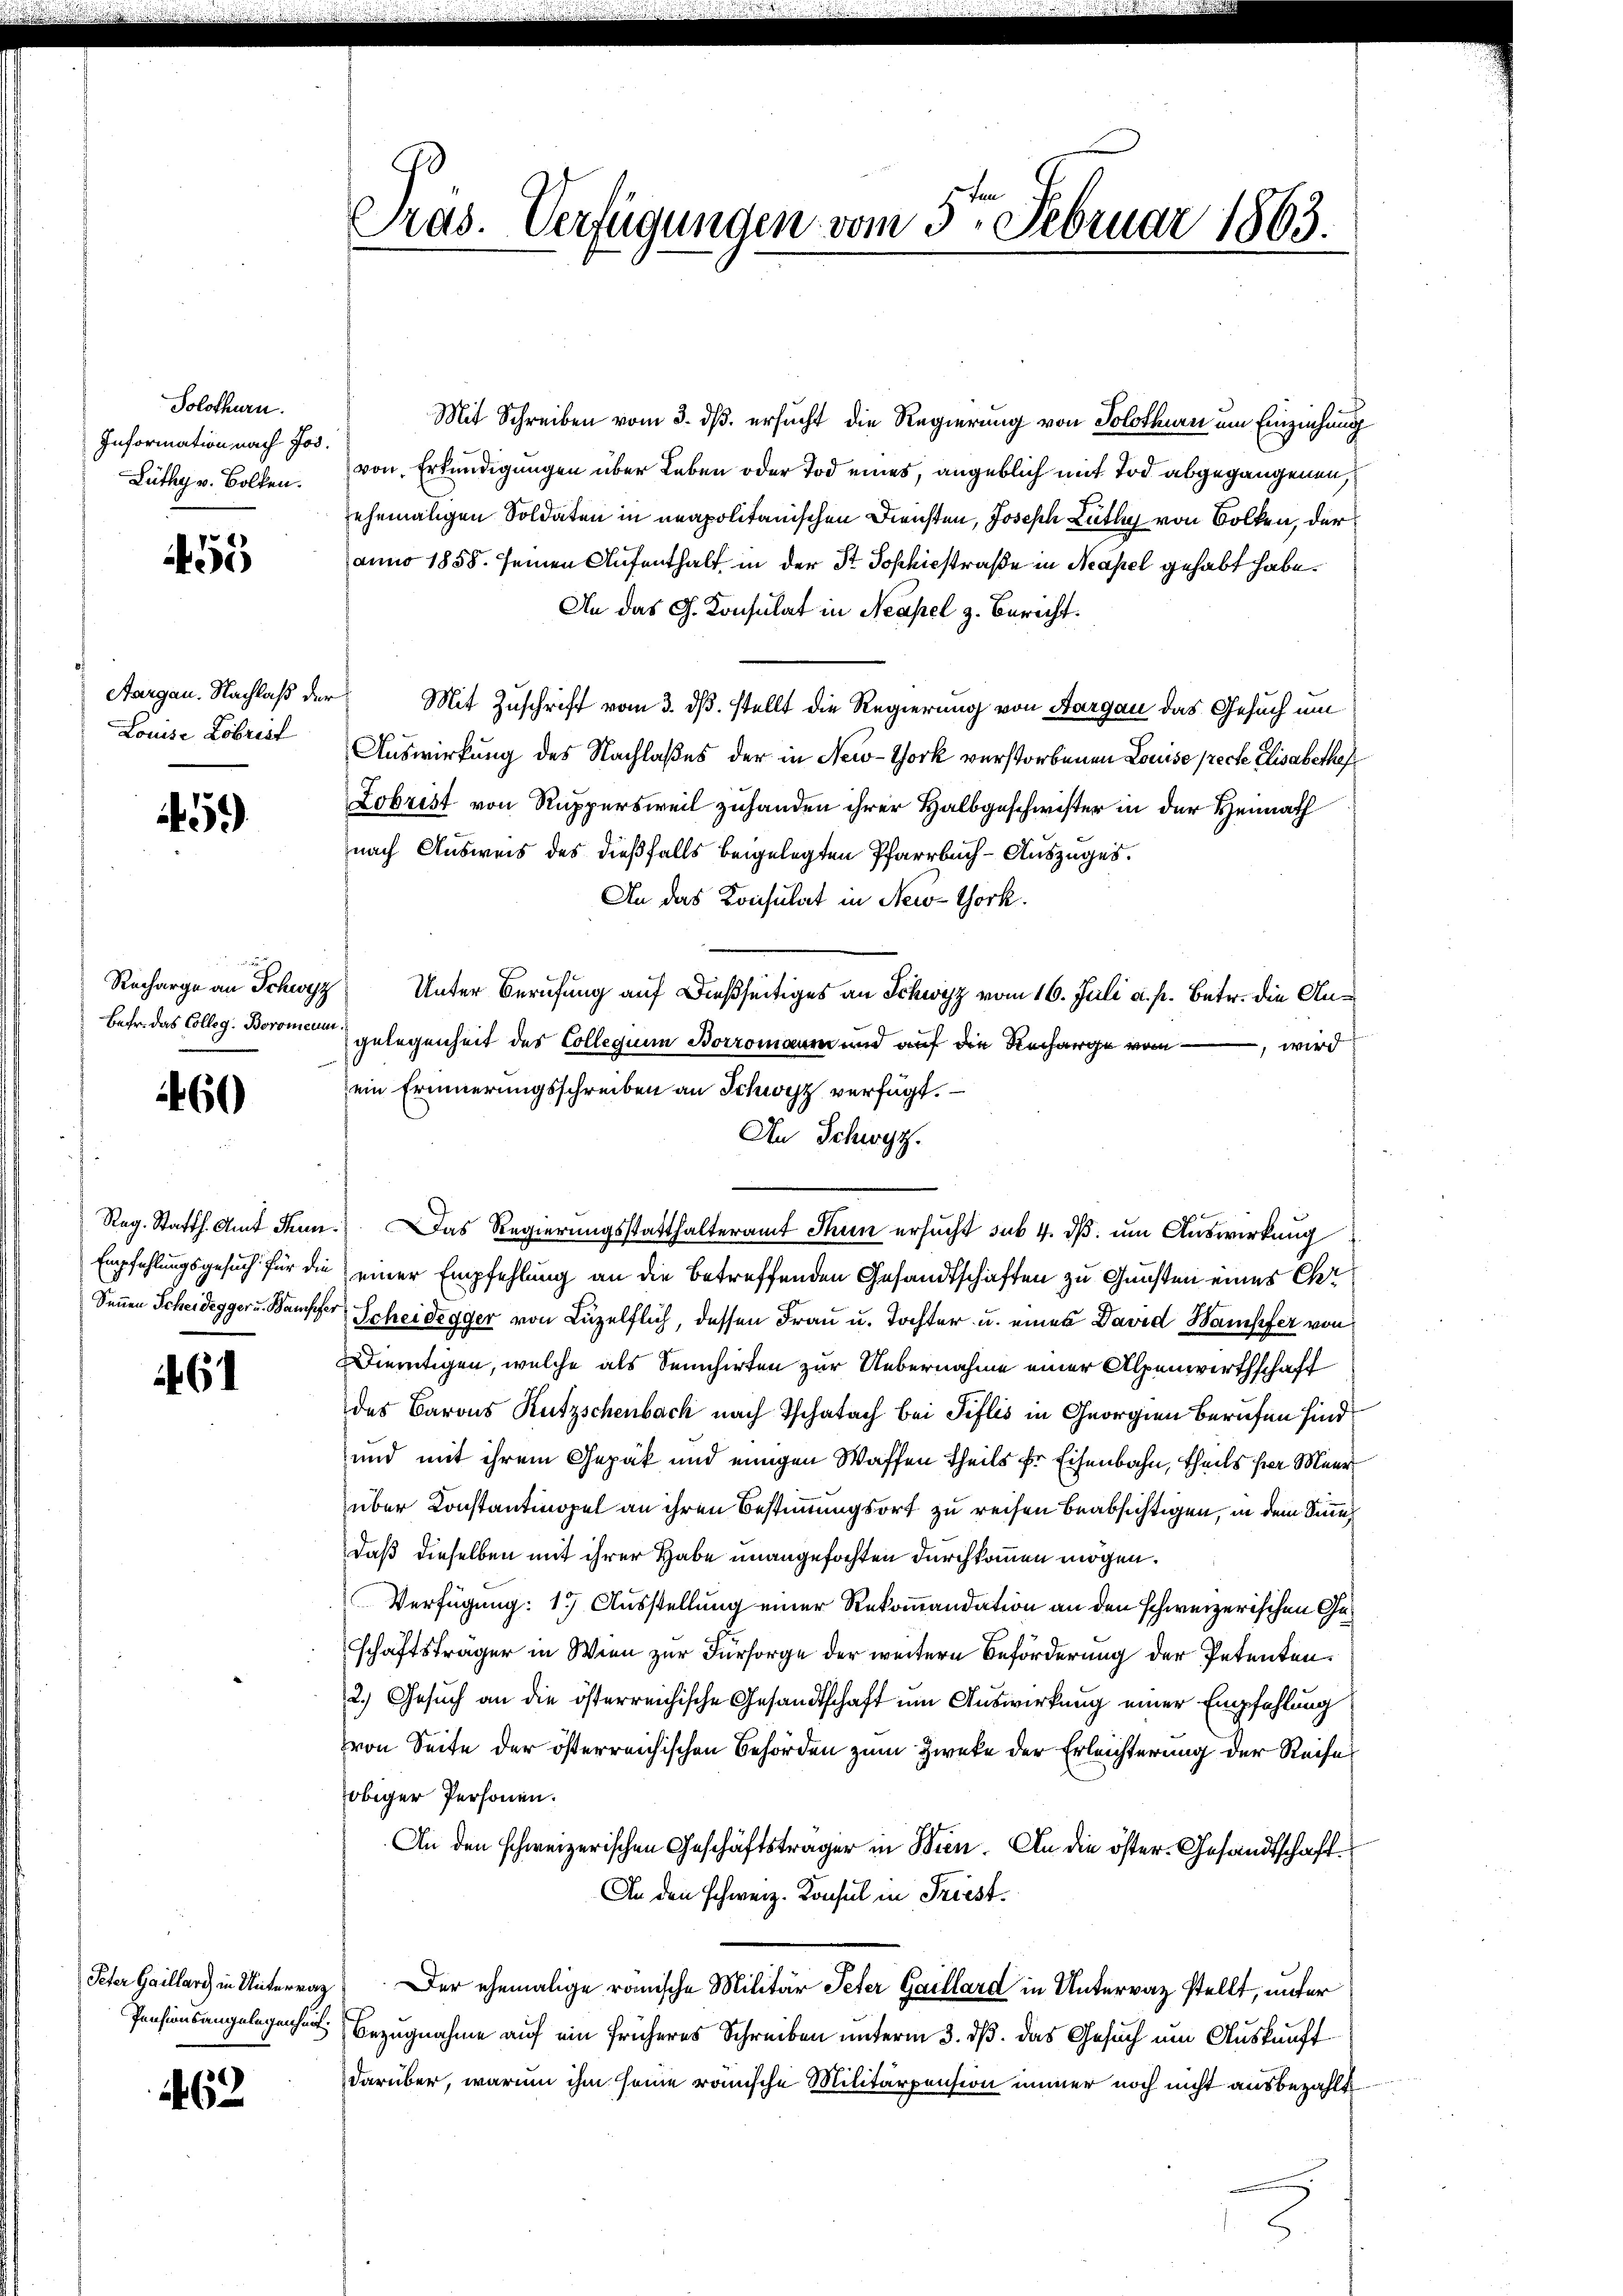
Solothurn.
Information nach Jos.
Lüthy v. Bollen.

5

Aargau. Nachlaß der
Louise Kobrist

45)

Recharge an Schwyz
Bafr. das Colleg. Boromann

460

Reg. Statth. Amt Freun
Empfahlungsgesuch für die
Sennen Scheidegger u. Bampfer

61

Peter Gaillard in Unterrag
Pensionsangelegenheit.

462

ras. Verfügungen vom 5ten Februar 1863.
g

Mit Schreiben vom 3. ds. ersucht die Regierung von Solothurn um Einziehung
von Erkundigungen über Leben oder Tod eines, angeblich mit Tod abgegangenen,
ehemaligen Soldaten in unapolitanischen Diensten, Joseph Lüthys von Volken, der
anno 1858. seinen Aufenthalt in der St. Sophisstraße in Neapel gehabt habe.
An das G. Konsulat in Neapel z. Bericht.
Mit Zuschrift vom 3. ds. stellt die Regierung von Aargau das Gesuch um
Auswirkung des Nachlaßes der in New-York verstorbenen Louise preche Elisabethef
Lobrist von Ruppersweil zuhanden ihrer Halbgeschwister in der Heimath
nach Ausweis des dießfalls beigelegten Pfarrbuch-Auszuges.
An das Konsulat in New-York.
Unter Berufung auf dießseitiges an Schwyz vom 16. Juli a. p. Betr. die Angelegenheit des Collegium Borromann und auf die Recharge vom
, wird
ein Erinnerungsschreiben an Schwyz verfügt:
An Schwyz.
Das Regierungsstatthalteramt Thun ersucht sub. 4. ds um Auswirkung
einer Empfehlung an die betreffenden Gesandtschaften zu Gunsten einer Chr
Scheidegger von Luzelflich, dessen Frau u. Tochter u. eines David Wampfer von
Dietigen, welche als Sennhirten zur Uebernahme einer Alpenwerthschaft
des Barons Kutzschenbach nach Tschafach bei Tiflis in Georgen berufen sind,
und mit ihrem Gepäck und einigen Waffen theils er Eisenbahn, theils per Meer
über Konstantmopel an ihren Bestimmungsort zu reisen beabsichtigen, in dem Sinnedaß dieselben mit ihrer Habe unangefochten durchkommen mögen.
Verfügung: 1.) Ausstellung einer Rekommandation an den schweizerischen Geschaftsträger in Wien zur Fürsorge der weitere Beförderung der Petenten.
2.) Gesuch an die österreichische Gesandtschaft im Auswirkung einer Empfehlung
von Seite der österreichischen Behörden zum Zwecke der Erleichterung der Reise
obiger Personen.
An den schweizerischen Geschäftsträger in Wien. An die öster- Gesandtschaft¬
An den schweiz. Konsul in Friest¬
Der ehemalige römische Militär Peter Gaillard in Untervaz stellt, unter
Bezugnahme auf ein früheres Schreiben unterm 3. ds. das Gesuch um Auskunftdarüber, warum ihm seine römische Militärpension immer noch nicht ausbezahlt